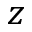
z